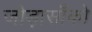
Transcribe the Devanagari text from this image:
जोड़ासाँको